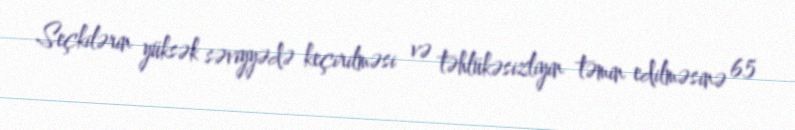
Seçkilərin yüksək səviyyədə keçirilməsi və təhlükəsizliyin təmin edilməsinə 65